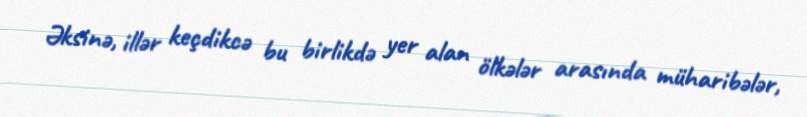
Əksinə, illər keçdikcə bu birlikdə yer alan ölkələr arasında müharibələr,